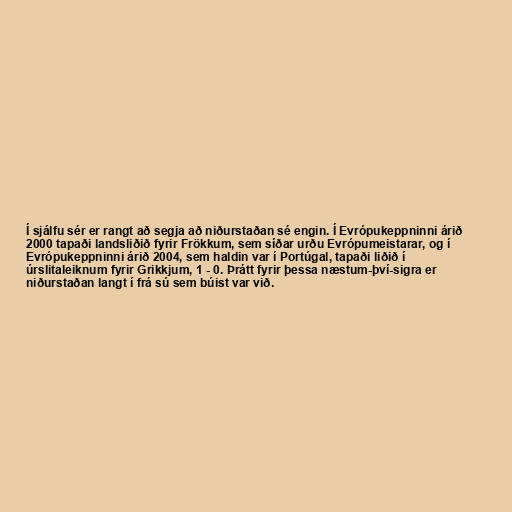
Í sjálfu sér er rangt að segja að niðurstaðan sé engin. Í Evrópukeppninni árið
2000 tapaði landsliðið fyrir Frökkum, sem síðar urðu Evrópumeistarar, og í
Evrópukeppninni árið 2004, sem haldin var í Portúgal, tapaði liðið í
úrslitaleiknum fyrir Grikkjum, 1 - 0. Þrátt fyrir þessa næstum-því-sigra er
niðurstaðan langt í frá sú sem búist var við.